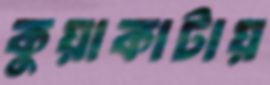
কুয়াকাটায়